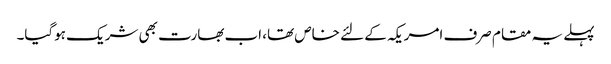
پہلے یہ مقام صرف امریکہ کے لئے خاص تھا، اب بھارت بھی شریک ہوگیا۔